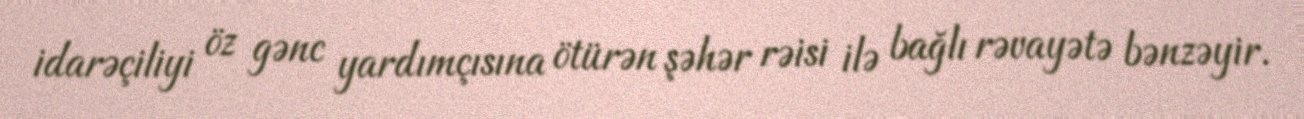
idarəçiliyi öz gənc yardımçısına ötürən şəhər rəisi ilə bağlı rəvayətə bənzəyir.